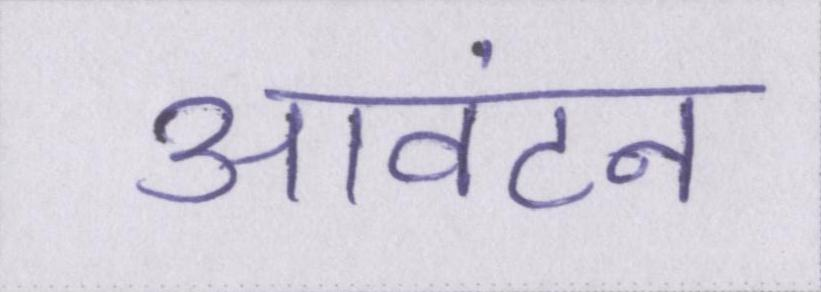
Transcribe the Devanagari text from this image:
आवंटन